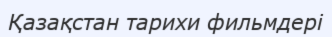
Қазақстан тарихи фильмдері